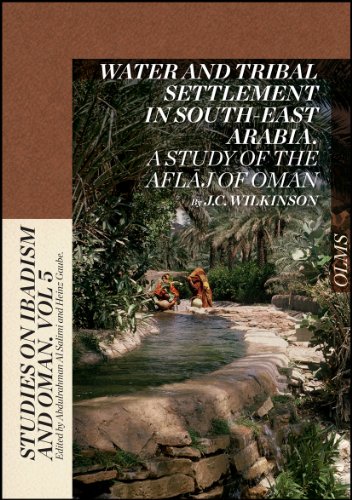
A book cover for Water and Tribal Settlement in South-East Arabia: A Study of the Aflaj of Oman (Studies on Ibadism and Oman); J. C. Wilkinson; History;